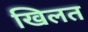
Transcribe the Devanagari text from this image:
खिलत